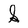
Character: S